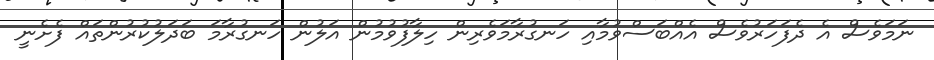
ނަމަވެސް އެ ދެފަހަރުވެސް އެއްބަސްވުމާއި ހަނގުރާމަވެރިން ހިލާފުވުމުން އަލުން ހަނގުރާމަ ބަދަލުކުރުންތައް ފެށެނީ